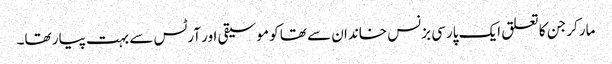
مارکر جن کا تعلق ایک پارسی بزنس خاندان سے تھا کو موسیقی اور آرٹس سے بہت پیار تھا۔